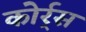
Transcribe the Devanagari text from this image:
कोर्र्स